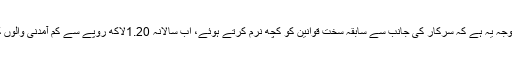
بی پی ایل کارڈ کی مانگ میں اضافے کی اصل وجہ یہ ہے کہ سرکار کی جانب سے سابقہ سخت قوانین کو کچھ نرم کرتے ہوئے، اب سالانہ 1.20لاکھ روپے سے کم آمدنی والوں کو بھی بی پی ایل کارڈ پانے کا اہل قرار دیا ہے۔